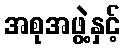
အစုအဖွဲ့နှင့်